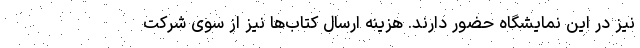
نیز در این نمایشگاه حضور دارند. هزینه ارسال کتاب‌ها نیز از سوی شرکت